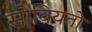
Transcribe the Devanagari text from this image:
सोवियतो